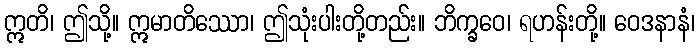
ဣတိ၊ ဤသို့။ ဣမာတိဿော၊ ဤသုံးပါးတို့တည်း။ ဘိက္ခဝေ၊ ရဟန်းတို့။ ဝေဒနာနံ၊